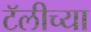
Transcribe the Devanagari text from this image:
टॅलीच्या